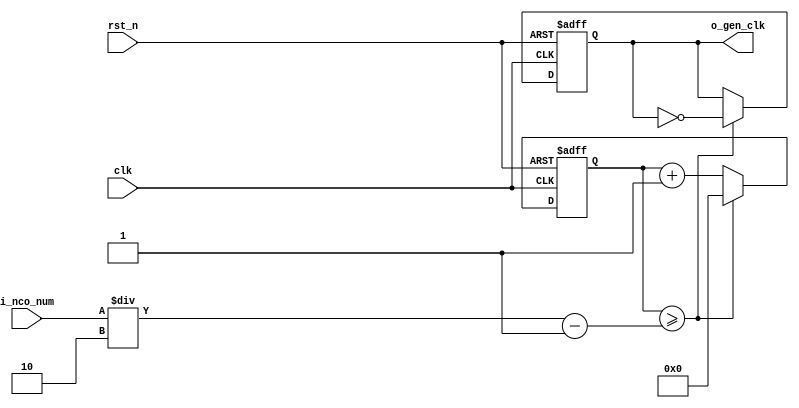

//	==================================================
//	Copyright (c) 2019 Sookmyung Women's University.
//	--------------------------------------------------
//	DEPARTMENT		: EE
//	--------------------------------------------------
//	RELEASE HISTORY
//	--------------------------------------------------
//	VERSION			DATE
//	0.0			2019-11-09
//	--------------------------------------------------
//	PURPOSE			: Digital Clock
//	==================================================

//	--------------------------------------------------
//	Numerical Controlled Oscillator
//	Hz of o_gen_clk = Clock Hz / num
//	--------------------------------------------------
module	nco(	
		o_gen_clk,
		i_nco_num,
		clk,
		rst_n);

output		o_gen_clk	;	// 1Hz CLK

input	[31:0]	i_nco_num	;
input		clk		;	// 50Mhz CLK
input		rst_n		;

reg	[31:0]	cnt		;
reg		o_gen_clk	;

always @(posedge clk or negedge rst_n) begin
	if(rst_n == 1'b0) begin
		cnt		<= 32'd0;
		o_gen_clk	<= 1'd0	;
	end else begin
		if(cnt >= i_nco_num/2-1) begin
			cnt 	<= 32'd0;
			o_gen_clk	<= ~o_gen_clk;
		end else begin
			cnt <= cnt + 1'b1;
		end
	end
end

endmodule

//	--------------------------------------------------
//	Flexible Numerical Display Decoder
//	--------------------------------------------------
module	fnd_dec(
		o_seg,
		i_num);

output	[6:0]	o_seg		;	// {o_seg_a, o_seg_b, ... , o_seg_g}

input	[3:0]	i_num		;
reg	[6:0]	o_seg		;
//making
always @(i_num) begin 
 	case(i_num) 
 		4'd0 : o_seg = 7'b111_1110	; 
 		4'd1 : o_seg = 7'b011_0000	; 
 		4'd2 : o_seg = 7'b110_1101	; 
 		4'd3 : o_seg = 7'b111_1001	; 
 		4'd4 : o_seg = 7'b011_0011	; 
 		4'd5 : o_seg = 7'b101_1011	; 
 		4'd6 : o_seg = 7'b101_1111	; 
 		4'd7 : o_seg = 7'b111_0000	; 
 		4'd8 : o_seg = 7'b111_1111	; 
 		4'd9 : o_seg = 7'b111_0011	; 
		default : o_seg = 7'b000_0000	; 
	endcase 
end


endmodule

//	--------------------------------------------------
//	0~59 --> 2 Separated Segments
//	--------------------------------------------------
module	double_fig_sep(
		o_left,
		o_right,
		i_double_fig);

output	[3:0]	o_left		;
output	[3:0]	o_right		;

input	[5:0]	i_double_fig	;

assign		o_left	= i_double_fig / 10	;
assign		o_right	= i_double_fig % 10	;

endmodule

//	--------------------------------------------------
//	0~59 --> 2 Separated Segments
//	--------------------------------------------------
module	led_disp(
		o_seg,
		o_seg_dp,
		o_seg_enb,
		i_six_digit_seg,
		i_six_dp,
		clk,
		rst_n);

output	[5:0]	o_seg_enb		;
output		o_seg_dp		;
output	[6:0]	o_seg			;

input	[41:0]	i_six_digit_seg		;
input	[5:0]	i_six_dp		;
input		clk			;
input		rst_n			;

wire		gen_clk		;

nco		u_nco(
		.o_gen_clk	( gen_clk	),
		.i_nco_num	( 32'd5000	),
		.clk		( clk		),
		.rst_n		( rst_n		));


reg	[3:0]	cnt_common_node	;

always @(posedge gen_clk or negedge rst_n) begin
	if(rst_n == 1'b0) begin
		cnt_common_node <= 4'd0;
	end else begin
		if(cnt_common_node >= 4'd5) begin
			cnt_common_node <= 4'd0;
		end else begin
			cnt_common_node <= cnt_common_node + 1'b1;
		end
	end
end

reg	[5:0]	o_seg_enb		;

always @(cnt_common_node) begin
	case (cnt_common_node)
		4'd0 : o_seg_enb = 6'b111110;
		4'd1 : o_seg_enb = 6'b111101;
		4'd2 : o_seg_enb = 6'b111011;
		4'd3 : o_seg_enb = 6'b110111;
		4'd4 : o_seg_enb = 6'b101111;
		4'd5 : o_seg_enb = 6'b011111;
	endcase
end

reg		o_seg_dp		;

always @(cnt_common_node) begin
	case (cnt_common_node)
		4'd0 : o_seg_dp = i_six_dp[0];
		4'd1 : o_seg_dp = i_six_dp[1];
		4'd2 : o_seg_dp = i_six_dp[2];
		4'd3 : o_seg_dp = i_six_dp[3];
		4'd4 : o_seg_dp = i_six_dp[4];
		4'd5 : o_seg_dp = i_six_dp[5];
	endcase
end

reg	[6:0]	o_seg			;

always @(cnt_common_node) begin
	case (cnt_common_node)
		4'd0 : o_seg = i_six_digit_seg[6:0];
		4'd1 : o_seg = i_six_digit_seg[13:7];
		4'd2 : o_seg = i_six_digit_seg[20:14];
		4'd3 : o_seg = i_six_digit_seg[27:21];
		4'd4 : o_seg = i_six_digit_seg[34:28];
		4'd5 : o_seg = i_six_digit_seg[41:35];
	endcase
end

endmodule

//	--------------------------------------------------
//	HMS(Hour:Min:Sec) Counter
//	--------------------------------------------------
module	hms_cnt(
		o_hms_cnt,
		o_max_hit,
		i_max_cnt,
		clk,
		rst_n);

output	[5:0]	o_hms_cnt		;
output		o_max_hit		;

input	[5:0]	i_max_cnt		;
input		clk			;
input		rst_n			;

reg	[5:0]	o_hms_cnt		;
reg		o_max_hit		;
always @(posedge clk or negedge rst_n) begin
	if(rst_n == 1'b0) begin
		o_hms_cnt <= 6'd0;
		o_max_hit <= 1'b0;
	end else begin
		if(o_hms_cnt >= i_max_cnt) begin
			o_hms_cnt <= 6'd0;
			o_max_hit <= 1'b1;
		end else begin
			o_hms_cnt <= o_hms_cnt + 1'b1;
			o_max_hit <= 1'b0;
		end
	end
end

endmodule

module  debounce(
		o_sw,
		i_sw,
		clk);
output		o_sw			;

input		i_sw			;
input		clk			;

reg		dly1_sw			;
always @(posedge clk) begin
	dly1_sw <= i_sw;
end

reg		dly2_sw			;
always @(posedge clk) begin
	dly2_sw <= dly1_sw;
end

assign		o_sw = dly1_sw | ~dly2_sw;

endmodule

//	--------------------------------------------------
//	Clock Controller
//	--------------------------------------------------
module	controller(
		o_mode,
		o_position,
		o_sec_clk,
		o_min_clk,
		i_max_hit_sec,
		i_max_hit_min,
		i_sw0,
		i_sw1,
		i_sw2,
		clk,
		rst_n);

output		o_mode			;
output		o_position		;
output		o_sec_clk		;
output		o_min_clk		;

input		i_max_hit_sec		;
input		i_max_hit_min		;

input		i_sw0			;
input		i_sw1			;
input		i_sw2			;

input		clk			;
input		rst_n			;

parameter	MODE_CLOCK = 1'b0	;
parameter	MODE_SETUP = 1'b1	;

parameter	POS_SEC	= 1'b0		;
parameter	POS_MIN	= 1'b1		;

wire		clk_100hz		;
nco		u0_nco(
		.o_gen_clk	( clk_100hz	),
		.i_nco_num	( 32'd500000	),
		.clk		( clk		),
		.rst_n		( rst_n		));

wire		sw0			;
debounce	u0_debounce(
		.o_sw		( sw0		),
		.i_sw		( i_sw0		),
		.clk		( clk_100hz	));

wire		sw1			;
debounce	u1_debounce(
		.o_sw		( sw1		),
		.i_sw		( i_sw1		),
		.clk		( clk_100hz	));

wire		sw2			;
debounce	u2_debounce(
		.o_sw		( sw2		),
		.i_sw		( i_sw2		),
		.clk		( clk_100hz	));

reg		o_mode			;
always @(posedge sw0 or negedge rst_n) begin
	if(rst_n == 1'b0) begin
		o_mode <= MODE_CLOCK;
	end else begin
		o_mode <= o_mode + 1'b1;
	end
end

reg		o_position		;
always @(posedge sw1 or negedge rst_n) begin
	if(rst_n == 1'b0) begin
		o_position <= POS_SEC;
	end else begin
		o_position <= o_position + 1'b1;
	end
end

wire		clk_1hz			;
nco		u1_nco(
		.o_gen_clk	( clk_1hz	),
		.i_nco_num	( 32'd50000000	),
		.clk		( clk		),
		.rst_n		( rst_n		));

reg		o_sec_clk		;
reg		o_min_clk		;
always @(*) begin
	case(o_mode)
		MODE_CLOCK : begin
			o_sec_clk = clk_1hz;
			o_min_clk = i_max_hit_sec;
		end
		MODE_SETUP : begin
			case(o_position)
				POS_SEC : begin
					o_sec_clk = ~sw2;
					o_min_clk = 1'b0;
				end
				POS_MIN : begin
					o_sec_clk = 1'b0;
					o_min_clk = ~sw2;
				end
			endcase
		end
	endcase
end

endmodule

//	--------------------------------------------------
//	HMS(Hour:Min:Sec) Counter
//	--------------------------------------------------
module	minsec(	o_sec,
		o_min,
		o_max_hit_sec,
		o_max_hit_min,
		i_sec_clk,
		i_min_clk,
		clk,
		rst_n);

output	[5:0]	o_sec		;
output	[5:0]	o_min		;
output		o_max_hit_sec	;
output		o_max_hit_min	;

input		i_sec_clk	;
input		i_min_clk	;

input		clk		;
input		rst_n		;

hms_cnt		u0_hms_cnt(
		.o_hms_cnt	( o_sec		),
		.o_max_hit	( o_max_hit_sec	),
		.i_max_cnt	( 6'd59		),
		.clk		( i_sec_clk	),
		.rst_n		( rst_n		));

hms_cnt		u1_hms_cnt(
		.o_hms_cnt	( o_min		),
		.o_max_hit	( o_max_hit_min	),
		.i_max_cnt	( 6'd59		),
		.clk		( i_min_clk	),
		.rst_n		( rst_n		));

endmodule

module	top_hms_clock(
		o_seg_enb,
		o_seg_dp,
		o_seg,
		i_sw0,
		i_sw1,
		i_sw2,
		clk,
		rst_n);

output	[5:0]	o_seg_enb	;
output		o_seg_dp	;
output	[6:0]	o_seg		;

input		i_sw0		;
input		i_sw1		;
input		i_sw2		;
input		clk		;
input		rst_n	;


wire		max_hit_min	;
wire		max_hit_sec	;

wire 		out_max_hit_min	;
wire		out_max_hit_sec	;

wire		out_min_clk	;
wire		out_sec_clk	;

controller	controller_ctrl(
		.o_mode(),
		.o_position(),
		.o_sec_clk(out_sec_clk),
		.o_min_clk(out_min_clk),
		.i_max_hit_sec(out_max_hit_sec),
		.i_max_hit_min(out_max_hit_min),
		.i_sw0(i_sw0),
		.i_sw1(i_sw1),
		.i_sw2(i_sw2),
		.clk(clk),
		.rst_n(rst_n));

wire [5:0]	out_min		;
wire [5:0]	out_sec		;


minsec		minsec_minsec(
		.o_sec(out_sec),
		.o_min(out_min),
		.o_max_hit_sec(out_max_hit_sec),
		.o_max_hit_min(out_max_hit_min),
		.i_sec_clk(out_sec_clk),
		.i_min_clk(out_min_clk),
		.clk(clk),
		.rst_n(rst_n));

wire [3:0]	out_left_sec	;	
wire [3:0]	out_right_sec	;

wire [3:0]	out_left_min	;
wire [3:0]	out_rihgt_min	;

double_fig_sep	double_fig_sep_u0_dfs(
		.o_left(out_left_sec),
		.o_right(out_right_sec),
		.i_double_fig(out_sec));

double_fig_sep	double_fig_sep_u1_dfs(
		.o_left(out_left_min),
		.o_right(out_rihgt_min),
		.i_double_fig(out_min));

wire [6:0]	out_seg_left_sec	;
wire [6:0]	out_seg_right_sec	;
wire [6:0]	out_seg_left_min	;
wire [6:0]	out_seg_right_min	;

fnd_dec		find_dec_u0_find_dec(
		.o_seg(out_seg_left_sec),
		.i_num(out_left_sec));

fnd_dec		find_dec_u1_find_dec(
		.o_seg(out_seg_right_sec),
		.i_num(out_right_sec));

fnd_dec		find_dec_u2_find_dec(
		.o_seg(out_seg_left_min),
		.i_num(out_left_min));

fnd_dec		find_dec_u3_find_dec(
		.o_seg(out_seg_right_min),
		.i_num(out_rihgt_min));

wire [41:0]	in_six_digit_seg	;
assign		in_six_digit_seg ={ {2{7'd0}} ,out_seg_left_min,out_seg_right_min, out_seg_left_sec, out_seg_right_sec} ;   		


led_disp	led_disp_u_led_disp(
		.o_seg(o_seg),
		.o_seg_dp(o_seg_dp),
		.o_seg_enb(o_seg_enb),
		.i_six_digit_seg(in_six_digit_seg),
		.i_six_dp(6'h0),
		.clk(clk),
		.rst_n(rst_n));


endmodule